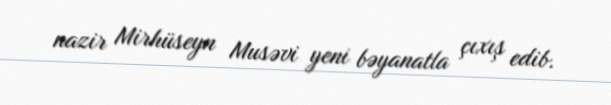
nazir Mirhüseyn Musəvi yeni bəyanatla çıxış edib.